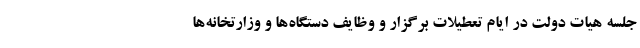
جلسه هیات دولت در ایام تعطیلات برگزار و وظایف دستگاه‌ها و وزارتخانه‌ها